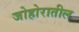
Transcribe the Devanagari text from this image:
जोहोरातील